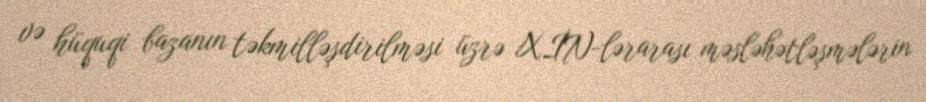
və hüquqi bazanın təkmilləşdirilməsi üzrə XİN-lərarası məsləhətləşmələrin